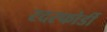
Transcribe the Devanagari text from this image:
रदरफोर्डी